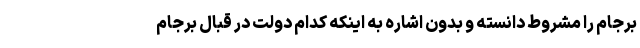
برجام را مشروط دانسته و بدون اشاره به اینکه کدام دولت در قبال برجام